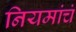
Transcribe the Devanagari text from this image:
नियमांचं